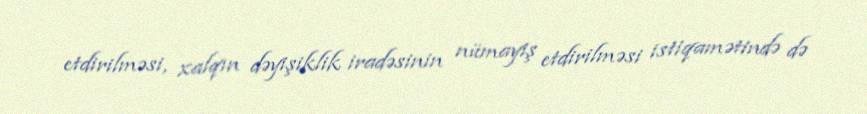
etdirilməsi, xalqın dəyişiklik iradəsinin nümayiş etdirilməsi istiqamətində də